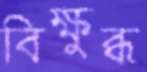
বিক্ষুব্ধ